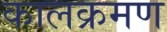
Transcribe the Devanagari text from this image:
कालक्रमण